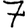
Digit: 7